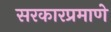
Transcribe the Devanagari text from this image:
सरकारप्रमाणे